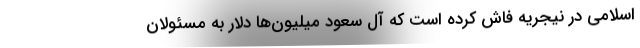
اسلامی در نیجریه فاش کرده است که آل سعود میلیون‌ها دلار به مسئولان